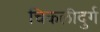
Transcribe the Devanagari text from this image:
चिकलीदुर्ग